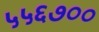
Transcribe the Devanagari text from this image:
५५६७००